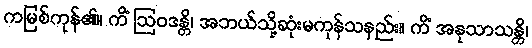
ကမြစ်ကုန်၏။ ကိံ ဩဝဒန္တိ၊ အဘယ်သို့ဆုံးမကုန်သနည်း။ ကိံ အနုသာသန္တိ၊